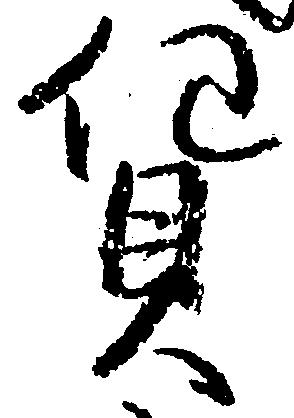
貨